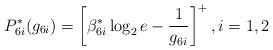
LaTeX: \begin{align*} &P_{6i}^*(g_{6i}) = \left[ \beta^*_{6i} \log_2 e -\frac{1}{g_{6i}} \right]^+, i=1,2 \end{align*}